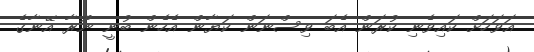
އަވަހަށް ކައިވެނި ކުރަން އެބަ ވިސްނަން ކަޔާން އެހެން ބުނީ ނޫރާ އޭނާގެ